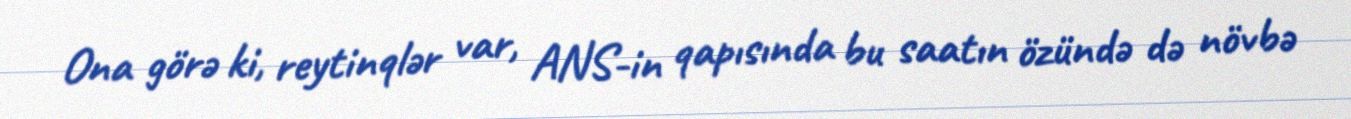
Ona görə ki, reytinqlər var, ANS-in qapısında bu saatın özündə də növbə